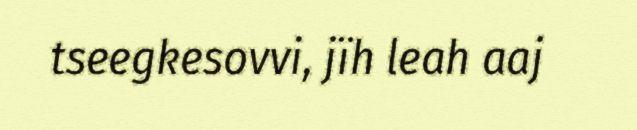
tseegkesovvi, jïh leah aaj